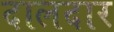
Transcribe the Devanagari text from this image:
दालदार